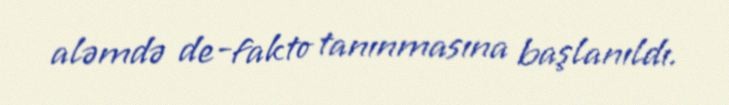
aləmdə de-fakto tanınmasına başlanıldı.